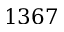
1 3 6 7